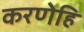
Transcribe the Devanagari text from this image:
करणेहि